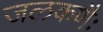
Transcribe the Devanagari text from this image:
जलकणैः